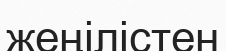
жеңілістен